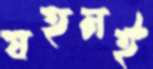
যহনই